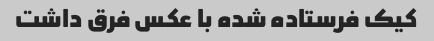
کیک فرستاده شده با عکس فرق داشت